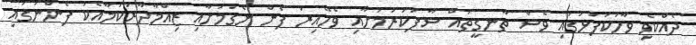
ދެއްކެވި ވާހަކަފުޅުގައި ވެސް ތާނގީތައް ސާފުކުރުމަށާއި ވެހޭއިރު ފެން ނެގުމަށާއި ޒިއްމާދާރުކަމާއެކު ފެންނަގައި